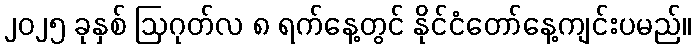
၂၀၂၅ ခုနှစ် ဩဂုတ်လ ၈ ရက်နေ့တွင် နိုင်ငံတော်နေ့ကျင်းပမည်။